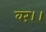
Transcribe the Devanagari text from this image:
वरं।।